Annual report on the working of the lock hospitals in the North-Western Provinces and Oudh
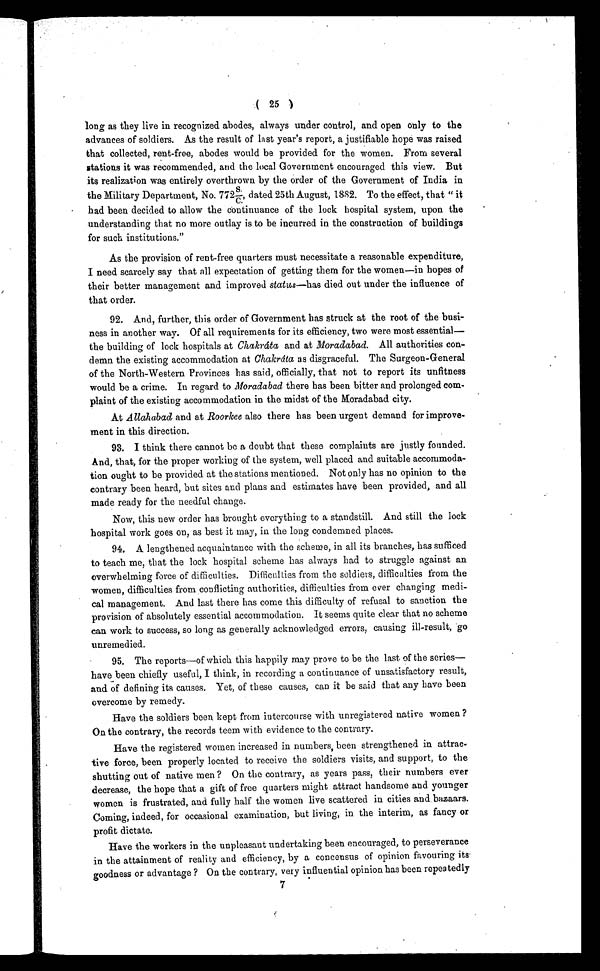
( 25 )
long as they live in recognized abodes, always under control, and open only to the
advances of soldiers. As the result of last year's report, a justifiable hope was raised
that collected, rent-free, abodes would be provided for the women. From several
stations it was recommended, and the local Government encouraged this view. But
its realization was entirely overthrown by the order of the Government of India in
the Military Department, No. 772S/C dated 25th August, 1882. To the effect, that " it
had been decided to allow the continuance of the lock hospital system, upon the
understanding that no more outlay is to be incurred in the construction of buildings
for such institutions."
As the provision of rent-free quarters must necessitate a reasonable expenditure,
I need scarcely say that all expectation of getting them for the women—in hopes of
their better management and improved status—has died out under the influence of
that order.
92. And, further, this order of Government has struck at the root of the busi-
ness in another way. Of all requirements for its efficiency, two were most essential—
the building of lock hospitals at Chakráta and at Moradabad. All authorities con-
demn the existing accommodation at Chakráta as disgraceful. The Surgeon-General
of the North-Western Provinces has said, officially, that not to report its unfitness
would be a crime. In regard to Moradabad there has been bitter and prolonged com-
plaint of the existing accommodation in the midst of the Moradabad city.
At Allahabad and at Roorkee also there has been urgent demand for improve-
ment in this direction.
93. I think there cannot be a doubt that these complaints are justly founded.
And, that, for the proper working of the system, well placed and suitable accommoda-
tion ought to be provided at the stations mentioned. Not only has no opinion to the
contrary been heard, but sites and plans and estimates have been provided, and all
made ready for the needful change.
Now, this new order has brought everything to a standstill. And still the lock
hospital work goes on, as best it may, in the long condemned places.
94. A lengthened acquaintance with the scheme, in all its branches, has sufficed
to teach me, that the lock hospital scheme has always had to struggle against an
overwhelming force of difficulties. Difficulties from the soldiers, difficulties from the
women, difficulties from conflicting authorities, difficulties from ever changing medi-
cal management. And last there has come this difficulty of refusal to sanction the
provision of absolutely essential accommodation. It seems quite clear that no scheme
can work to success, so long as generally acknowledged errors, causing ill-result, go
unremedied.
95. The reports—of which this happily may prove to be the last of the series—
have been chiefly useful, I think, in recording a continuance of unsatisfactory result,
and of defining its causes. Yet, of these causes, can it be said that any have been
overcome by remedy.
Have the soldiers been kept from intercourse with unregistered native women ?
On the contrary, the records teem with evidence to the contrary.
Have the registered women increased in numbers, been strengthened in attrac
-tive force, been properly located to receive the soldiers visits, and support, to the
shutting out of native men ? On the contrary, as years pass, their numbers ever
decrease, the hope that a gift of free quarters might attract handsome and younger
women is frustrated, and fully half the women live scattered in cities and bazaars.
Coming, indeed, for occasional examination, but living, in the interim, as fancy or
profit dictate.
Have the workers in the unpleasant undertaking been encouraged, to perseverance
in the attainment of reality and efficiency, by a concensus of opinion favouring its.
goodness or advantage ? On the contrary, very influential opinion has been repeatedly
7